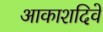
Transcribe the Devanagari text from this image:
आकाशदिवे